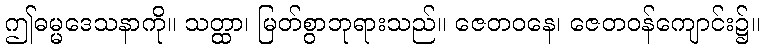
ဤဓမ္မဒေသနာကို။ သတ္ထာ၊ မြတ်စွာဘုရားသည်။ ဇေတဝနေ၊ ဇေတဝန်ကျောင်း၌။